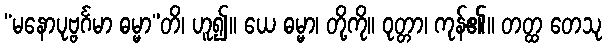
“မနောပုဗ္ဗင်္ဂမာ ဓမ္မာ”တိ၊ ဟူ၍။ ယေ ဓမ္မာ၊ တို့ကို။ ဝုတ္တာ၊ ကုန်၏။ တတ္ထ တေသု